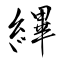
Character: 縪